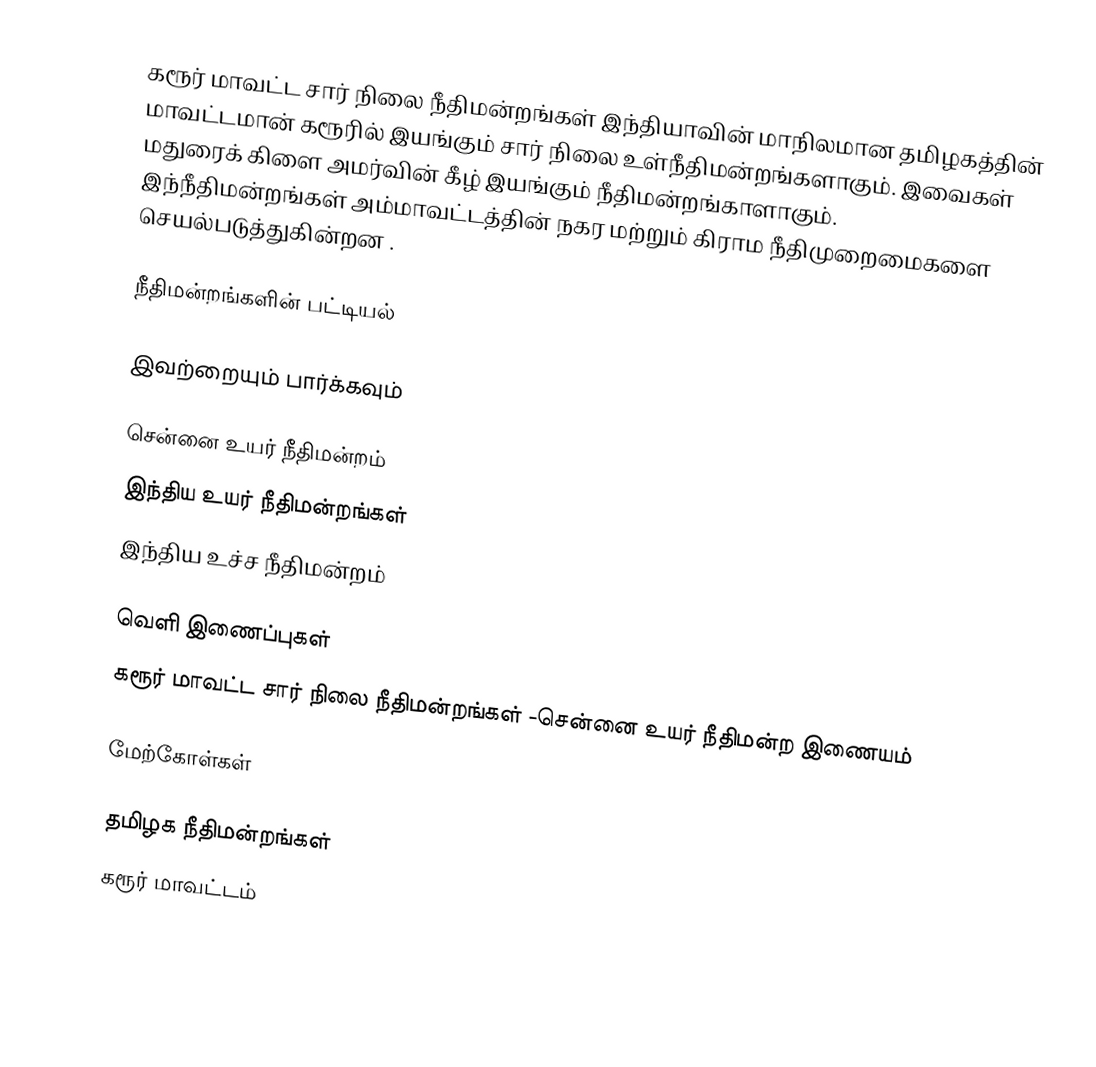
கரூர் மாவட்ட சார் நிலை நீதிமன்றங்கள் இந்தியாவின் மாநிலமான தமிழகத்தின் மாவட்டமான் கரூரில் இயங்கும் சார் நிலை உள்நீதிமன்றங்களாகும். இவைகள் மதுரைக் கிளை அமர்வின் கீழ் இயங்கும் நீதிமன்றங்காளாகும். இந்நீதிமன்றங்கள் அம்மாவட்டத்தின் நகர மற்றும் கிராம நீதிமுறைமைகளை செயல்படுத்துகின்றன .

நீதிமன்றங்களின் பட்டியல்

இவற்றையும் பார்க்கவும்

சென்னை உயர் நீதிமன்றம்
இந்திய உயர் நீதிமன்றங்கள்
இந்திய உச்ச நீதிமன்றம்

வெளி இணைப்புகள்
கரூர் மாவட்ட சார் நிலை நீதிமன்றங்கள் -சென்னை உயர் நீதிமன்ற இணையம்

மேற்கோள்கள்

தமிழக நீதிமன்றங்கள்
கரூர் மாவட்டம்